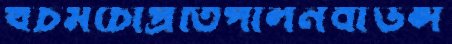
খচমচোপ্রতিপালনবাউন্স